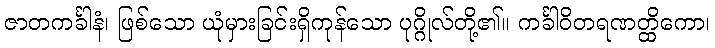
ဇာတကင်္ခါနံ၊ ဖြစ်သော ယုံမှားခြင်းရှိကုန်သော ပုဂ္ဂိုလ်တို့၏။ ကင်္ခါဝိတရဏတ္ထိကော၊